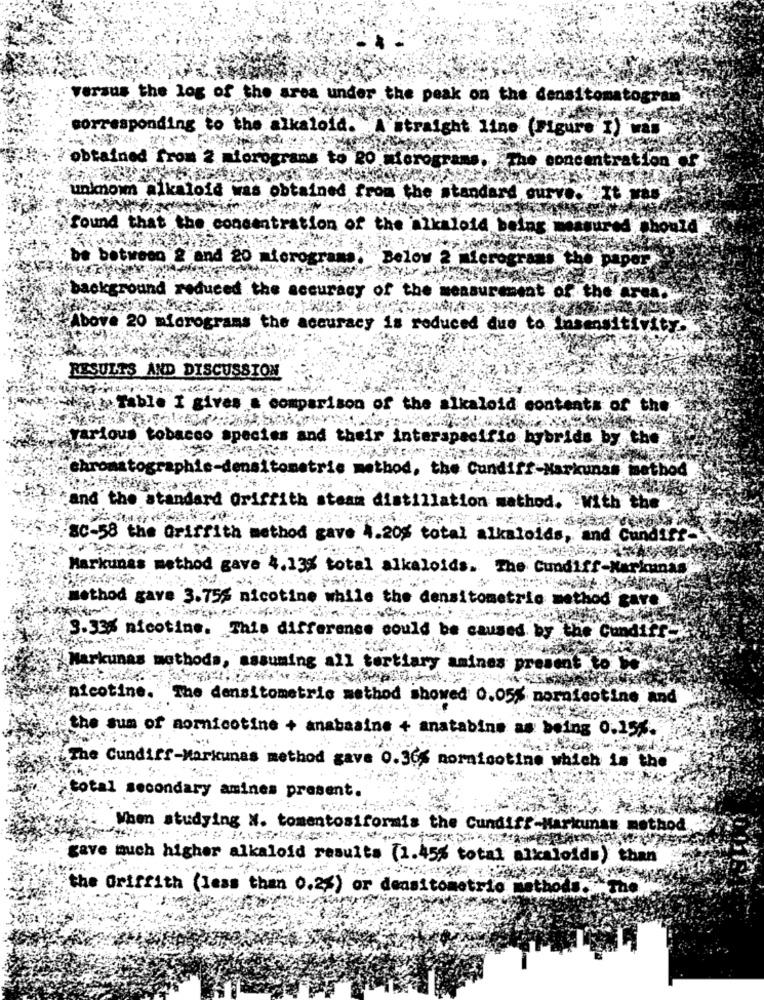
versus the log of the area under the peak on the densitomatograr
corresponding to the alkaloid.
A straight line (Figure I) wa
obtained from 2 micrograms to RO micrograms
concentration .
unknown alkaloid was obtained from the standard curve.".It
found that the concentration of the
Alkaloid belas
ured should
be between
"and 20
orogr
Below 2 micrograms the paper
background reduced th
uracy of the
Beat of the ar
Above 20 microgram
the accuracy is reduced due to Insensitivity.
RESULTS AND DISCUSSION
I gives
comparison of the alkaloid contents of the
ious tobacco species and their interspacific hybrids by the
aphie
densitometrie method, the Cundiff-Narkunst
method
and the standard Griffith steam distillation mathod. "with the
-58 the Griffith method gave 4.208 total alkaloids, and Cundif
Markunas method gave 4.13% total alkaloids. The Cundiff-Karkunas
method gave 3.75% nicotine while the densitometrie method Bare
3.33% nicotine. This difference could be caused by the Cundiff
Markunas methods, assuming all tertiary amines present to be
nicotine.
`The densitometrie method showed 0.05% nornicotine and
the sum of aomnicotine + anabaaine + anatabine as being 0.15%.
The Cundiff-Markuna's method gave 0.36% noraiootine which is the
total secondary amines present.
When studying N. tomentosiformis the Cundiff-Markunas method
gave much higher alkaloid results (1.45% total alkaloids) than
the Griffith (less than 0.2%) or de
tom
trio
The